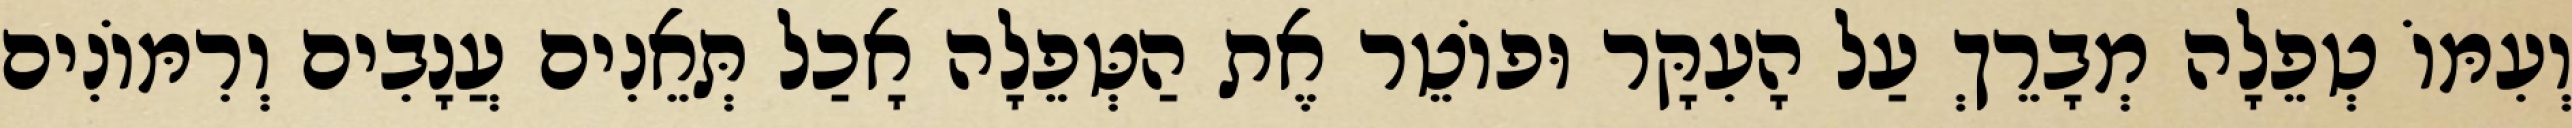
וְעִמּוֹ טְפֵלָה מְבָרֵךְ עַל הָעִקָּר וּפוֹטֵר אֶת הַטְּפֵלָה אָכַל תְּאֵנִים עֲנָבִים וְרִמּוֹנִים